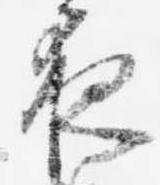
夜